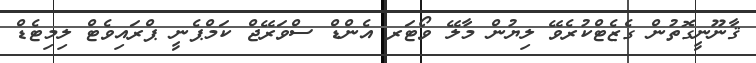
ޤާނޫނީގޮތުން ގެޒެޓްކުރެވޭ ލިޔުން މާލޭ ވޯޓަރ އެންޑް ސްވަރޭޖް ކަމްޕެނީ ޕްރައިވެޓް ލިމިޓެޑް